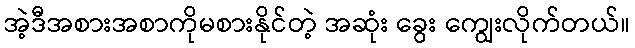
အဲ့ဒီအစားအစာကိုမစားနိုင်တဲ့ အဆုံး ခွေး ကျွေးလိုက်တယ်။